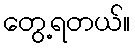
တွေ့ရတယ်။